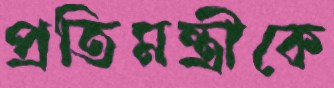
প্রতিমন্ত্রীকে